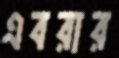
এবরার